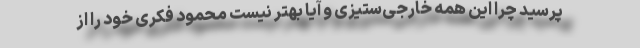
پرسید چرا این همه خارجی‌ستیزی و آیا بهتر نیست محمود فکری خود را از